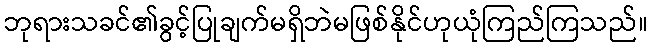
ဘုရားသခင်၏ခွင့်ပြုချက်မရှိဘဲမဖြစ်နိုင်ဟုယုံကြည်ကြသည်။